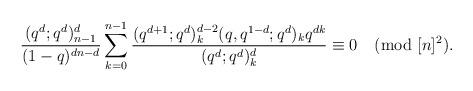
LaTeX: \begin{align*}\frac{(q^d;q^d)_{n-1}^d}{(1-q)^{dn-d}} \sum_{k=0}^{n-1}\frac{(q^{d+1};q^d)_k^{d-2}(q,q^{1-d};q^d)_kq^{dk}}{(q^d;q^d)_k^d}\equiv 0\pmod{[n]^2}.\end{align*}